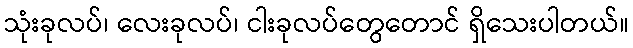
သုံးခုလပ်၊ လေးခုလပ်၊ ငါးခုလပ်တွေတောင် ရှိသေးပါတယ်။